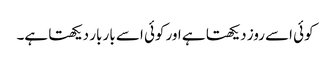
کوئی اسے روز دیکھتا ہے اور کوئی اسے بار بار دیکھتا ہے۔